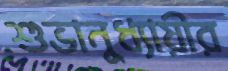
শুভানুধ্যায়ীর